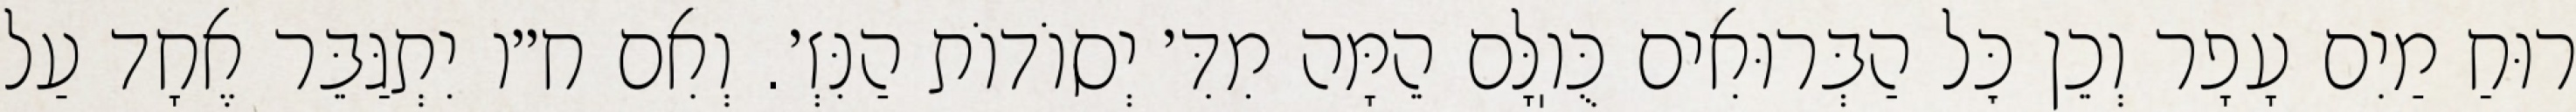
רוּחַ מַיִם עָפָר וְכֵן כׇּל הַבְּרוּאִים כֻּוֽלָּם הֵמָּה מִדִּ׳ יְסוֹדוֹת הַנִּזְ׳. וְאִם ח״ו יִתְגַּבֵּר אֶחָד עַל